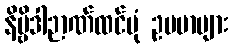
နိဗ္ဗိဒါဉာဏ်ထင်ပုံ ဥပမာများ